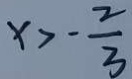
x > - \frac { 2 } { 3 }